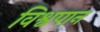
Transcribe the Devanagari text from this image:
विश्वपान